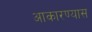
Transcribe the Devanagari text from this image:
आकारण्यास